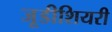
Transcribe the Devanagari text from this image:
जूडीशियरी